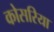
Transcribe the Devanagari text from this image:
कोसरिया